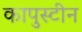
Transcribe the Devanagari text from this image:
कापुस्टीन